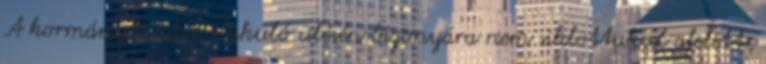
A kormánytanács alakuló ülésén bizonyára nem siklottak el afelett,